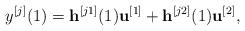
LaTeX: \begin{align*}{y^{[j]}}(1) = {{\bf{h}}^{[j1]}}(1){{\bf{u}}^{[1]}} + {{\bf{h}}^{[j2]}}(1){{\bf{u}}^{[2]}},\end{align*}